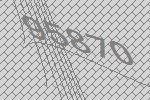
95870